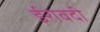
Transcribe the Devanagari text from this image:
ईरावदी